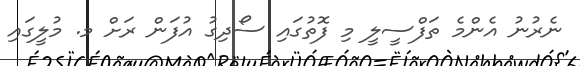
ނެރުނު އެންމެ ތަފްސީލީ މި ފޮތުގައި ސޯދިގު އުފަން ރަށް މ. މުލީގައި